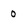
Character: 0